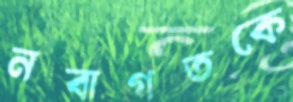
নবাগতকে